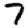
Digit: 7